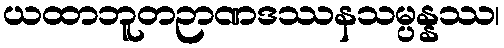
ယထာဘူတဉာဏဒဿနသမ္ပန္နဿ၊